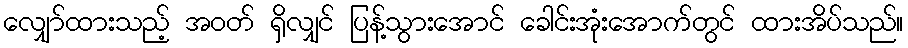
လျှော်ထားသည့် အဝတ် ရှိလျှင် ပြန့်သွားအောင် ခေါင်းအုံးအောက်တွင် ထားအိပ်သည်။